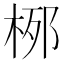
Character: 𪲐